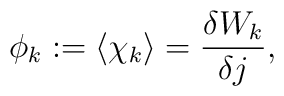
\phi_k:=\langle \chi_k\rangle= \frac{\delta W_k}{\delta j},